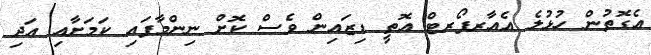
އެގޮތުން ހުޅުލެ އެއާރޕޯރޓް އޮތީ ޑިޒައިން ވެސް ކޮށް ނިންމާފައި ކަމަށާއި އަދި